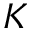
K